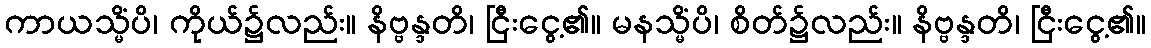
ကာယသ္မိံပိ၊ ကိုယ်၌လည်း။ နိဗ္ဗန္ဒတိ၊ ငြီးငွေ့၏။ မနသ္မိံပိ၊ စိတ်၌လည်း။ နိဗ္ဗန္ဒတိ၊ ငြီးငွေ့၏။